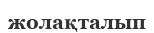
жолақталып